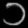
Digit: ၁